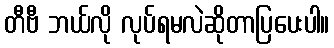
တီဗီ ဘယ်လို လုပ်ရမလဲဆိုတာပြပေးပါ။